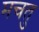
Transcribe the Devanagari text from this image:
मचतु